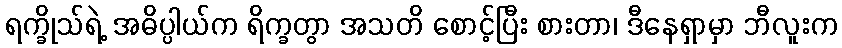
ရက္ခိုသ်ရဲ့ အဓိပ္ပါယ်က ရိက္ခတွာ အသတိ စောင့်ပြီး စားတာ၊ ဒီနေရှာမှာ ဘီလူးက